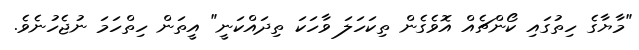
"މާޔާގެ ހިތުގައި ކޯންޗެއް އޮވެގެން ތިކަހަލަ ވާހަކަ ތިދައްކަނީ" އީތަން ހިތްހަމަ ނުޖެހުނެވެ.